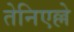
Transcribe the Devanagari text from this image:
तेनिएल्ले